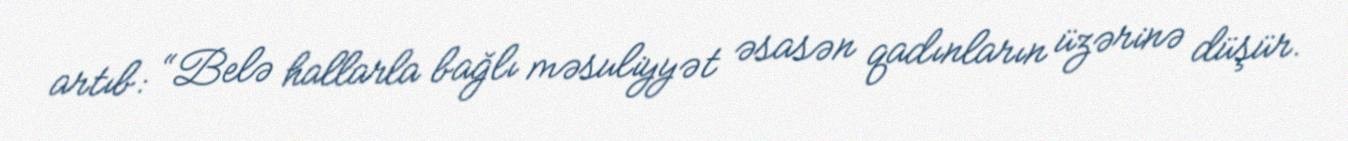
artıb: “Belə hallarla bağlı məsuliyyət əsasən qadınların üzərinə düşür.